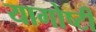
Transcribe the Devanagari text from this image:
यागोष्टी